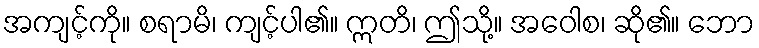
အကျင့်ကို။ စရာမိ၊ ကျင့်ပါ၏။ ဣတိ၊ ဤသို့။ အဝေါစ၊ ဆို၏။ ဘော